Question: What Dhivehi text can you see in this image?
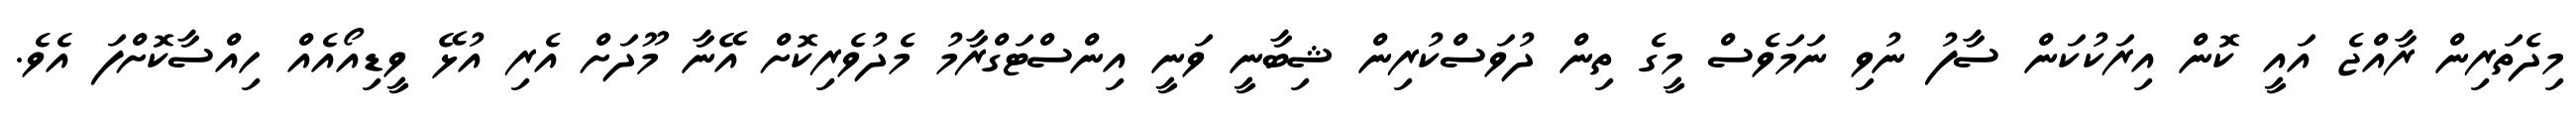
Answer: މިދެތަރިން ރާއްޖެ އައީ ކޮން އިރަކުކަން ސާފު ނުވި ނަމަވެސް މީގެ ތިން ދުވަސްކުރިން ޝިބާނީ ވަނީ އިންސްޓަގްރާމު މެދުވެރިކޮށް އޭނާ މޫދަށް އެރި އުޅޭ ވީޑިއޯއެއް ހިއްސާކޮށްފަ އެވެ.